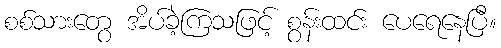
စစ်သားတွေ အိပ်ခဲ့ကြသဖြင့် စွန်းထင်း ပေရေနေပြီ။